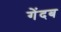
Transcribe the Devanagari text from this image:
गेंदब